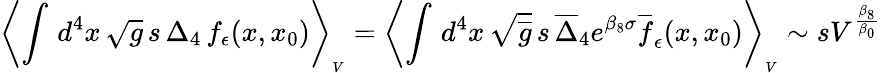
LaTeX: \left\langle\int\, d^{4}x\, \sqrt g\, s\, \Delta_{4}\, f_{\epsilon}(x,x_{0})\right\rangle_{_V}=\left\langle\int\, d^{4}x\, \sqrt{\overline{{g}}}\, s\, \overline{{\Delta}}_{4}e^{\beta_{8}\sigma}\overline{{f}}_{\epsilon}(x,x_{0})\right\rangle_{_V}\sim sV^{\frac{\beta_{8}}{\beta_{0}}}